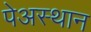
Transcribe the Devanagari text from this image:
पेअस्थान